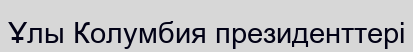
Ұлы Колумбия президенттері